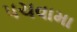
પચવામા